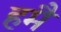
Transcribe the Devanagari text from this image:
हमै